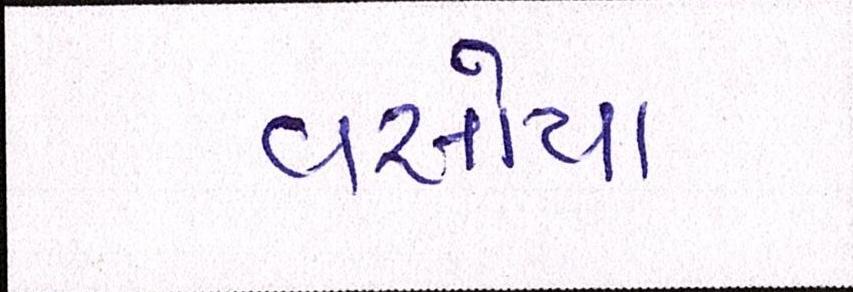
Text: વસોયા